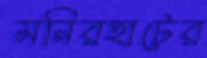
মনিরহাটের